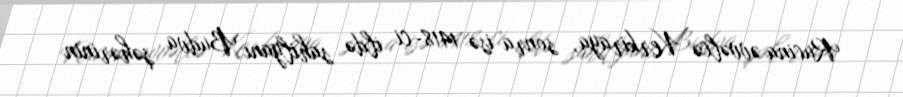
Rucina əvvəlcə Kerkiraya, sonra isə 1418-ci ildə sahilyanı Budva şəhərinin